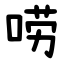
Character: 唠